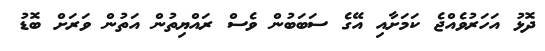
ދޮޅު އަހަރުވެއްޖެ ކަމަށާއި އޭގެ ސަބަބުން ވެސް ރައްޔިތުން އަތުން ވަރަށް ބޮޑު